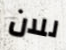
للان